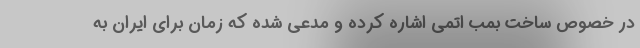
در خصوص ساخت بمب اتمی اشاره کرده و مدعی شده که زمان برای ایران به